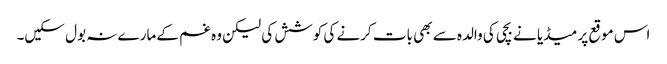
اس موقع پر میڈیا نے بچی کی والدہ سے بھی بات کرنے کی کوشش کی لیکن وہ غم کے مارے نہ بول سکیں۔